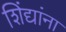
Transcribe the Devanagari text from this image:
शिंद्यांना